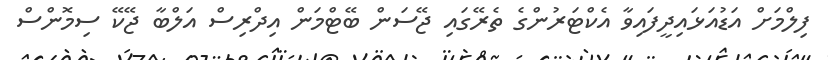
ފިލްމަށް އަޑުއަޅައިދީފައިވާ އެކްޓަރުންގެ ތެރޭގައި ޖޭސަން ބޭޓްމަން އިދްރިސް އަލްބާ ޖޭކޭ ސިމޮންސް